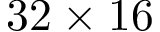
3 2 \times 1 6